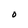
Character: O